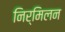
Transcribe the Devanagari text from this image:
निर्मिलन